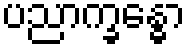
ပညာက္ခန္ဓော